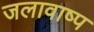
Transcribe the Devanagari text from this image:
जलावाष्प